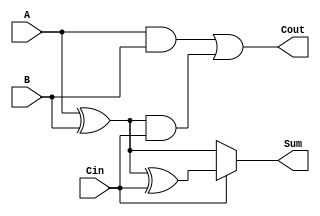
module ConditionalSumFullAdder (
    input wire A,      // First input bit
    input wire B,      // Second input bit
    input wire Cin,    // Carry-in bit
    output wire Sum,   // Resulting sum bit
    output wire Cout   // Carry-out bit
);

    // Intermediate signals for conditional sums and carries
    wire S0;          // Sum without carry-in
    wire S1;          // Sum with carry-in
    wire C0;          // Carry from A and B
    wire C1;          // Carry from S0 and Cin

    // Conditional Sum Calculation
    assign S0 = A ^ B;         // Sum without carry-in
    assign S1 = S0 ^ Cin;      // Sum with carry-in

    // Carry Generation
    assign C0 = A & B;         // Carry from A and B
    assign C1 = S0 & Cin;      // Carry from S0 and Cin

    // Final Carry-out
    assign Cout = C0 | C1;     // Final carry-out

    // Final Sum Selection based on Cin
    assign Sum = Cin ? S1 : S0; // Select Sum based on carry-in

endmodule